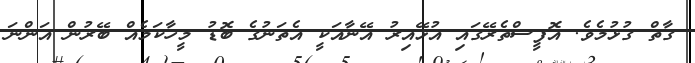
ގާތް ގުޅުމެވެ. އޮފީސްތެރޭގައި އުޅޭއިރު އޭނާއަކީ އެތަނުގެ ބޮޑު މީހާކަމެއް ބޭރުން އަންނަ